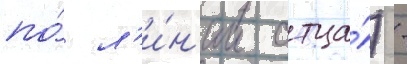
по́ л'и́н'ии отца́) -